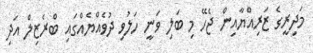
މަދިރީގެ ޒަރިއްޔާއިން ޖެހޭ މި ބަލި ވަނީ ހަލުވި ދުވެއްޔެއްގައި ބްރެޒިލް އަދި